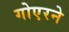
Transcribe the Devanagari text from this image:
गोएरने